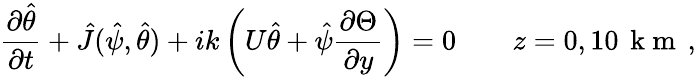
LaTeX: \frac{\partial\hat{\theta}}{\partial t}+\hat{J}(\hat{\psi},\hat{\theta})+ik\left(U\hat{\theta}+\hat{\psi}\frac{\partial\Theta}{\partial y}\right)=0\qquad z=0,10\, \mathrm{~k~m~}\, ,